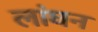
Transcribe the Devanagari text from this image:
लांघन